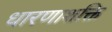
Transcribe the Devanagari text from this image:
धारणाशक्ति